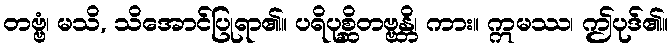
တဗ္ဗံ၊ မသိ, သိအောင်ပြုရာ၏။ ပရိပုစ္ဆိတဗ္ဗန္တိ၊ ကား။ ဣမဿ၊ ဤပုဒ်၏။